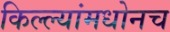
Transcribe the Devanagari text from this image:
किल्ल्यांमधोनच